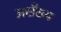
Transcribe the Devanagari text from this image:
असँख्य